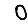
Digit: 0